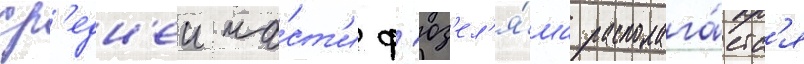
ср'едн'еи ча́ст'и ф'юз'ел'я́жа располага́етс'я